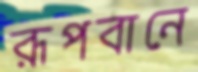
রূপবানে